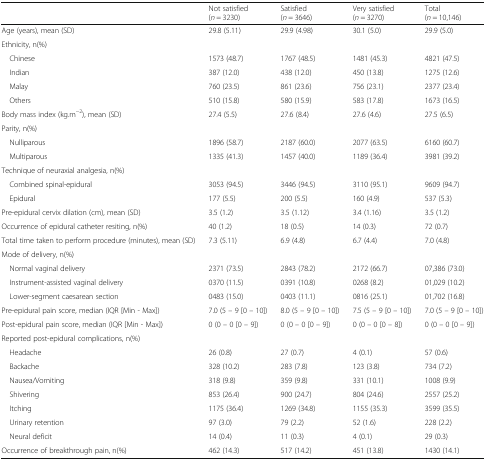
<table><thead><tr><td></td><td><b>Not satisfied (<i>n</i> = 3230)</b></td><td><b>Satisfied (<i>n</i> = 3646)</b></td><td><b>Very satisfied (<i>n</i> = 3270)</b></td><td><b>Total (<i>n</i> = 10,146)</b></td></tr></thead><tbody><tr><td>Age (years), mean (SD)</td><td>29.8 (5.11)</td><td>29.9 (4.98)</td><td>30.1 (5.0)</td><td>29.9 (5.0)</td></tr><tr><td colspan="5">Ethnicity, n(%)</td></tr><tr><td> Chinese</td><td>1573 (48.7)</td><td>1767 (48.5)</td><td>1481 (45.3)</td><td>4821 (47.5)</td></tr><tr><td> Indian</td><td>387 (12.0)</td><td>438 (12.0)</td><td>450 (13.8)</td><td>1275 (12.6)</td></tr><tr><td> Malay</td><td>760 (23.5)</td><td>861 (23.6)</td><td>756 (23.1)</td><td>2377 (23.4)</td></tr><tr><td> Others</td><td>510 (15.8)</td><td>580 (15.9)</td><td>583 (17.8)</td><td>1673 (16.5)</td></tr><tr><td>Body mass index (kg.m<sup>−2</sup>), mean (SD)</td><td>27.4 (5.5)</td><td>27.6 (8.4)</td><td>27.6 (4.6)</td><td>27.5 (6.5)</td></tr><tr><td colspan="5">Parity, n(%)</td></tr><tr><td> Nulliparous</td><td>1896 (58.7)</td><td>2187 (60.0)</td><td>2077 (63.5)</td><td>6160 (60.7)</td></tr><tr><td> Multiparous</td><td>1335 (41.3)</td><td>1457 (40.0)</td><td>1189 (36.4)</td><td>3981 (39.2)</td></tr><tr><td colspan="5">Technique of neuraxial analgesia, n(%)</td></tr><tr><td> Combined spinal-epidural</td><td>3053 (94.5)</td><td>3446 (94.5)</td><td>3110 (95.1)</td><td>9609 (94.7)</td></tr><tr><td> Epidural</td><td>177 (5.5)</td><td>200 (5.5)</td><td>160 (4.9)</td><td>537 (5.3)</td></tr><tr><td>Pre-epidural cervix dilation (cm), mean (SD)</td><td>3.5 (1.2)</td><td>3.5 (1.12)</td><td>3.4 (1.16)</td><td>3.5 (1.2)</td></tr><tr><td>Occurrence of epidural catheter resiting, n(%)</td><td>40 (1.2)</td><td>18 (0.5)</td><td>14 (0.3)</td><td>72 (0.7)</td></tr><tr><td>Total time taken to perform procedure (minutes), mean (SD)</td><td>7.3 (5.11)</td><td>6.9 (4.8)</td><td>6.7 (4.4)</td><td>7.0 (4.8)</td></tr><tr><td colspan="5">Mode of delivery, n(%)</td></tr><tr><td> Normal vaginal delivery</td><td>2371 (73.5)</td><td>2843 (78.2)</td><td>2172 (66.7)</td><td>07,386 (73.0)</td></tr><tr><td> Instrument-assisted vaginal delivery</td><td>0370 (11.5)</td><td>0391 (10.8)</td><td>0268 (8.2)</td><td>01,029 (10.2)</td></tr><tr><td> Lower-segment caesarean section</td><td>0483 (15.0)</td><td>0403 (11.1)</td><td>0816 (25.1)</td><td>01,702 (16.8)</td></tr><tr><td>Pre-epidural pain score, median (IQR [Min - Max])</td><td>7.0 (5 – 9 [0 – 10])</td><td>8.0 (5 – 9 [0 – 10])</td><td>7.5 (5 – 9 [0 – 10])</td><td>7.0 (5 – 9 [0 – 10])</td></tr><tr><td>Post-epidural pain score, median (IQR [Min - Max])</td><td>0 (0 – 0 [0 – 9])</td><td>0 (0 – 0 [0 – 9])</td><td>0 (0 – 0 [0 – 8])</td><td>0 (0 – 0 [0 – 9])</td></tr><tr><td colspan="5">Reported post-epidural complications, n(%)</td></tr><tr><td> Headache</td><td>26 (0.8)</td><td>27 (0.7)</td><td>4 (0.1)</td><td>57 (0.6)</td></tr><tr><td> Backache</td><td>328 (10.2)</td><td>283 (7.8)</td><td>123 (3.8)</td><td>734 (7.2)</td></tr><tr><td> Nausea/Vomiting</td><td>318 (9.8)</td><td>359 (9.8)</td><td>331 (10.1)</td><td>1008 (9.9)</td></tr><tr><td> Shivering</td><td>853 (26.4)</td><td>900 (24.7)</td><td>804 (24.6)</td><td>2557 (25.2)</td></tr><tr><td> Itching</td><td>1175 (36.4)</td><td>1269 (34.8)</td><td>1155 (35.3)</td><td>3599 (35.5)</td></tr><tr><td> Urinary retention</td><td>97 (3.0)</td><td>79 (2.2)</td><td>52 (1.6)</td><td>228 (2.2)</td></tr><tr><td> Neural deficit</td><td>14 (0.4)</td><td>11 (0.3)</td><td>4 (0.1)</td><td>29 (0.3)</td></tr><tr><td>Occurrence of breakthrough pain, n(%)</td><td>462 (14.3)</td><td>517 (14.2)</td><td>451 (13.8)</td><td>1430 (14.1)</td></tr></tbody></table>